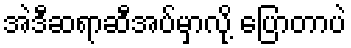
အဲဒီဆရာဆီအပ်မှာလို့ ပြောတာပဲ